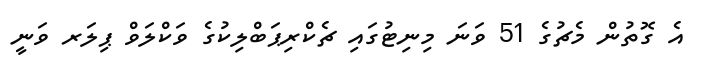
އެ ގޮތުން މެޗުގެ 51 ވަނަ މިނިޓުގައި ޗެކްރިޕަބްލިކުގެ ވަކްލަވް ޕިލަރ ވަނީ